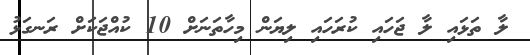
ލާ ތަޅައި ލާ ޖަހައި ކުރަހައި ލިޔަން މިހާތަނަށް 10 ކުއްޖަކަށް ރަނގަޅު